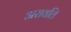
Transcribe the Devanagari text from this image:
अरावलि